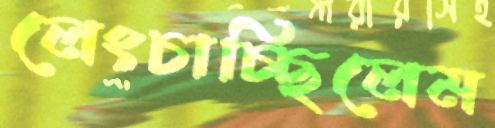
লেংচাচ্ছিলেম